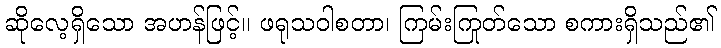
ဆိုလေ့ရှိသော အဟန်ဖြင့်။ ဖရုသဝါစတာ၊ ကြမ်းကြုတ်သော စကားရှိသည်၏